Mental hospitals Bombay report 1921-28 - 1921-1928
Year: 1921
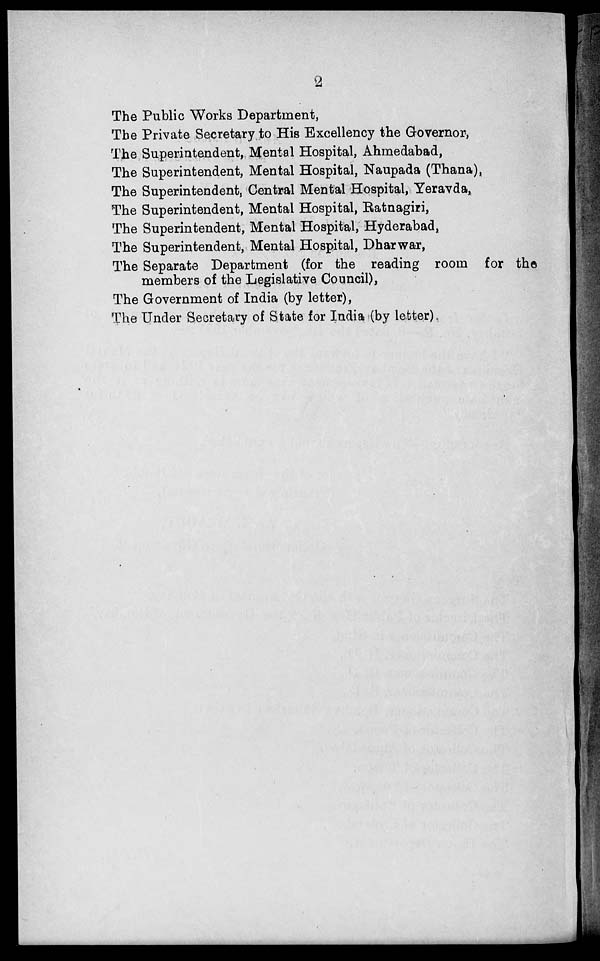
2
The Public Works Department,
The Private Secretary to His Excellency the Governor,
The Superintendent, Mental Hospital, Ahmedabad,
The Superintendent, Mental Hospital, Naupada (Thana),
The Superintendent, Central Mental Hospital, Yeravda,
The Superintendent, Mental Hospital, Ratnagiri,
The Superintendent, Mental Hospital, Hyderabad,
The Superintendent, Mental Hospital, Dharwar,
The Separate Department (for the reading room for the
members of the Legislative Council),
The Government of India (by letter),
The Under Secretary of State for India (by letter).